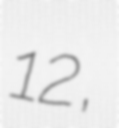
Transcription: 12,